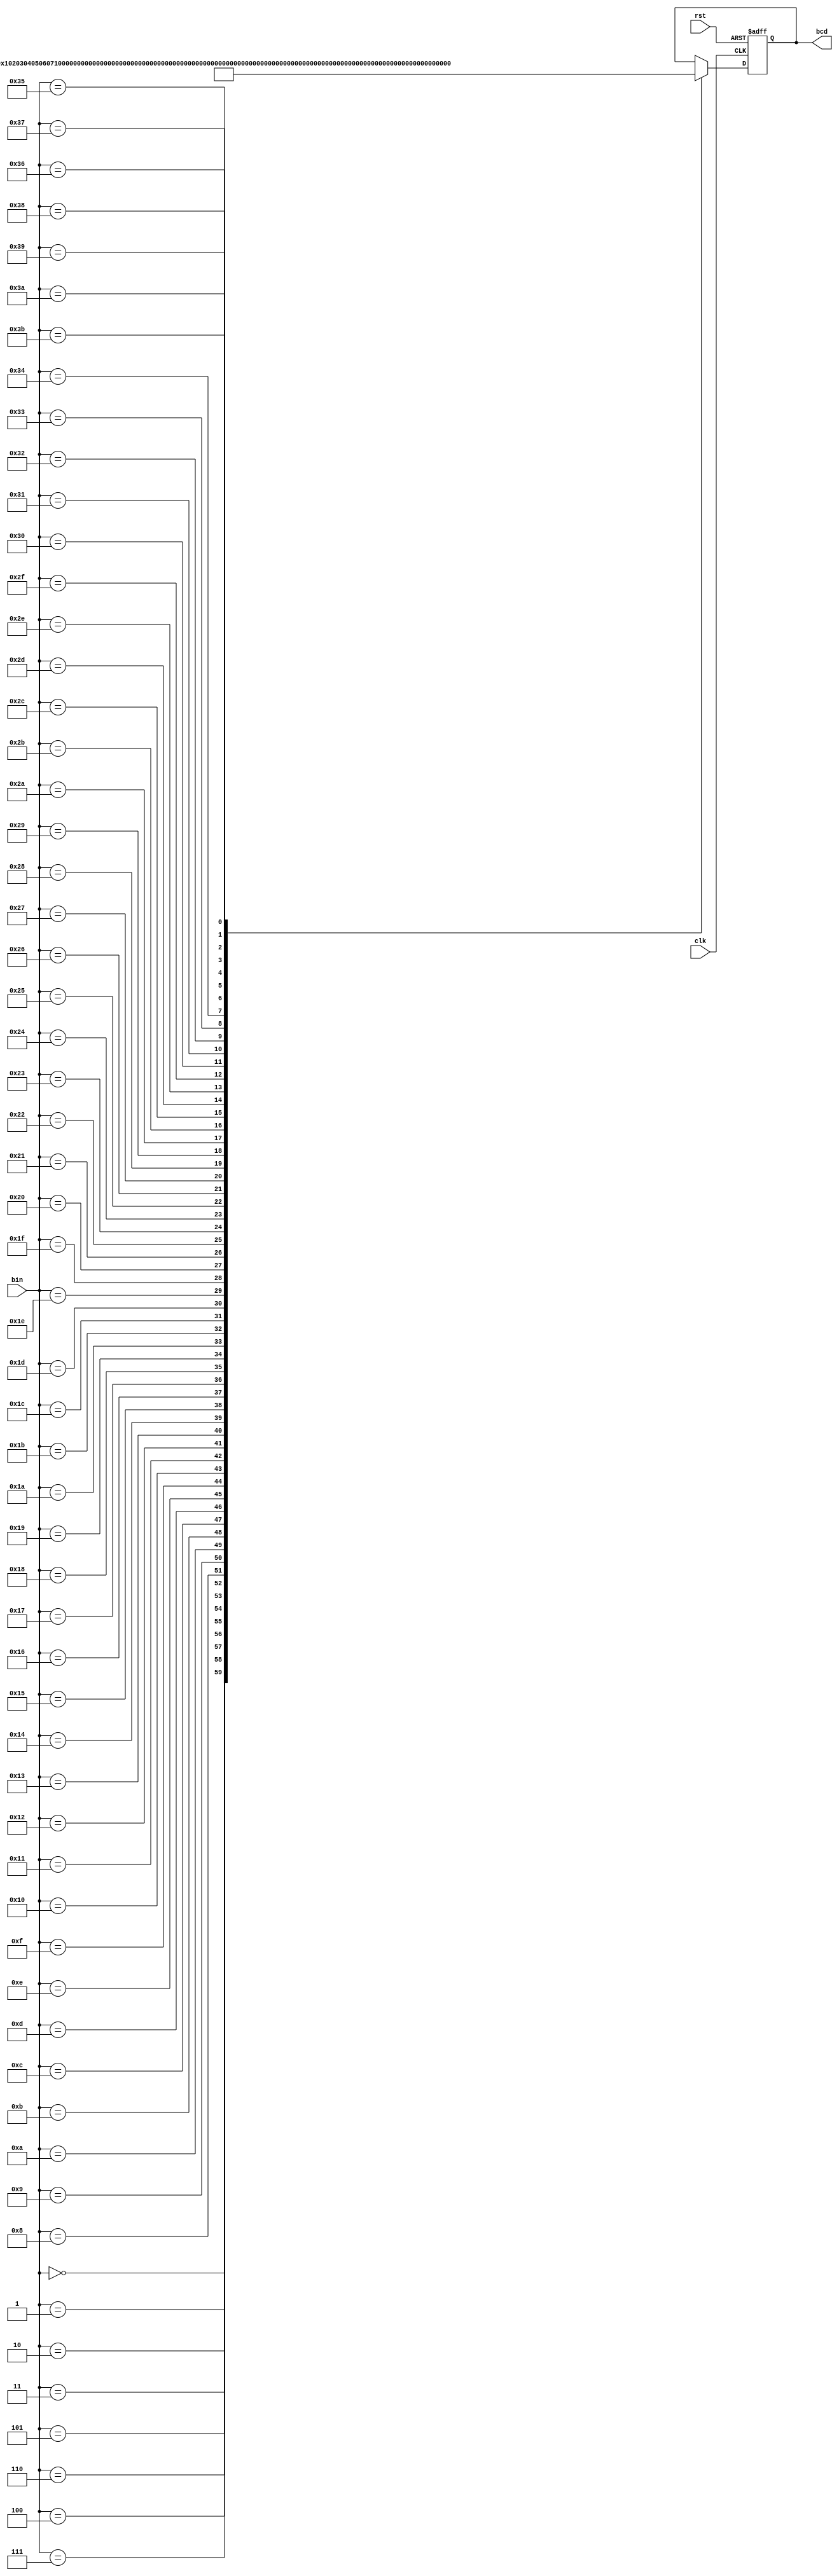
`timescale 1ns / 1ps
//////////////////////////////////////////////////////////////////////////////////
// Company: 
// Engineer: 
// 
// Design Name: 
// Module Name: BIN2BCD
// Project Name: 
// Target Devices: 
// Tool Versions: 
// Description: 
// 
// Dependencies: 
// 
// Revision:
// Revision 0.01 - File Created
// Additional Comments:
// 
//////////////////////////////////////////////////////////////////////////////////


module BIN2BCD(clk, rst, bin, bcd);

input clk, rst;
input [5:0] bin;                                   
output reg [7:0] bcd;

always @(negedge rst or posedge clk) begin
    if(!rst) begin
        bcd <= {4'd0, 4'd0};
    end
    else begin
        case (bin[5:0])
            0 : bcd[7:0] <= {4'd0, 4'd0};     
            1 : bcd[7:0] <= {4'd0, 4'd1};
            2 : bcd[7:0] <= {4'd0, 4'd2};
            3 : bcd[7:0] <= {4'd0, 4'd3};
            4 : bcd[7:0] <= {4'd0, 4'd4};
            5 : bcd[7:0] <= {4'd0, 4'd5};
            6 : bcd[7:0] <= {4'd0, 4'd6};
            7 : bcd[7:0] <= {4'd0, 4'd7};
            8 : bcd[7:0] <= {4'd0, 4'd8};
            9 : bcd[7:0] <= {4'd0, 4'd9};
            10 : bcd[7:0] <= {4'd1, 4'd0};
            11 : bcd[7:0] <= {4'd1, 4'd1};
            12 : bcd[7:0] <= {4'd1, 4'd2};
            13 : bcd[7:0] <= {4'd1, 4'd3};
            14 : bcd[7:0] <= {4'd1, 4'd4};
            15 : bcd[7:0] <= {4'd1, 4'd5};
            16 : bcd[7:0] <= {4'd1, 4'd6};
            17 : bcd[7:0] <= {4'd1, 4'd7};
            18 : bcd[7:0] <= {4'd1, 4'd8};
            19 : bcd[7:0] <= {4'd1, 4'd9};
            20 : bcd[7:0] <= {4'd2, 4'd0};
            21 : bcd[7:0] <= {4'd2, 4'd1};
            22 : bcd[7:0] <= {4'd2, 4'd2};
            23 : bcd[7:0] <= {4'd2, 4'd3}; 
            24 : bcd[7:0] <= {4'd2, 4'd4};
            25 : bcd[7:0] <= {4'd2, 4'd5}; 
            26 : bcd[7:0] <= {4'd2, 4'd6}; 
            27 : bcd[7:0] <= {4'd2, 4'd7}; 
            28 : bcd[7:0] <= {4'd2, 4'd8}; 
            29 : bcd[7:0] <= {4'd2, 4'd9};
            30 : bcd[7:0] <= {4'd3, 4'd0}; 
            31 : bcd[7:0] <= {4'd3, 4'd1}; 
            32 : bcd[7:0] <= {4'd3, 4'd2}; 
            33 : bcd[7:0] <= {4'd3, 4'd3}; 
            34 : bcd[7:0] <= {4'd3, 4'd4};
            35 : bcd[7:0] <= {4'd3, 4'd5}; 
            36 : bcd[7:0] <= {4'd3, 4'd6}; 
            37 : bcd[7:0] <= {4'd3, 4'd7}; 
            38 : bcd[7:0] <= {4'd3, 4'd8}; 
            39 : bcd[7:0] <= {4'd3, 4'd9};
            40 : bcd[7:0] <= {4'd4, 4'd0}; 
            41 : bcd[7:0] <= {4'd4, 4'd1}; 
            42 : bcd[7:0] <= {4'd4, 4'd2}; 
            43 : bcd[7:0] <= {4'd4, 4'd3}; 
            44 : bcd[7:0] <= {4'd4, 4'd4};
            45 : bcd[7:0] <= {4'd4, 4'd5}; 
            46 : bcd[7:0] <= {4'd4, 4'd6}; 
            47 : bcd[7:0] <= {4'd4, 4'd7}; 
            48 : bcd[7:0] <= {4'd4, 4'd8}; 
            49 : bcd[7:0] <= {4'd4, 4'd9};
            50 : bcd[7:0] <= {4'd5, 4'd0}; 
            51 : bcd[7:0] <= {4'd5, 4'd1}; 
            52 : bcd[7:0] <= {4'd5, 4'd2}; 
            53 : bcd[7:0] <= {4'd5, 4'd3}; 
            54 : bcd[7:0] <= {4'd5, 4'd4};
            55 : bcd[7:0] <= {4'd5, 4'd5}; 
            56 : bcd[7:0] <= {4'd5, 4'd6}; 
            57 : bcd[7:0] <= {4'd5, 4'd7}; 
            58 : bcd[7:0] <= {4'd5, 4'd8}; 
            59 : bcd[7:0] <= {4'd5, 4'd9};
        endcase
    end
end
              

endmodule